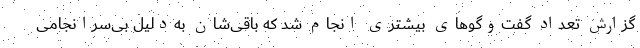
گزارش تعداد گفت‌وگوهای بیشتری انجام شد که باقی‌شان به‌دلیل بی‌سرانجامی